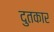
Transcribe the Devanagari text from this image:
दुतकार